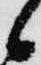
候